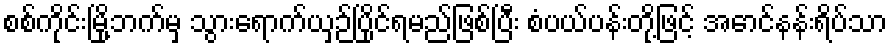
စစ်ကိုင်းမြို့ဘက်မှ သွားရောက်ယှဉ်ပြိုင်ရမည်ဖြစ်ပြီး စံပယ်ပန်းတို့ဖြင့် အောင်နန်းရိပ်သာ